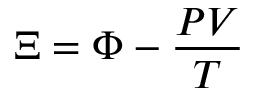
\Xi = \Phi - { \frac { P V } { T } }